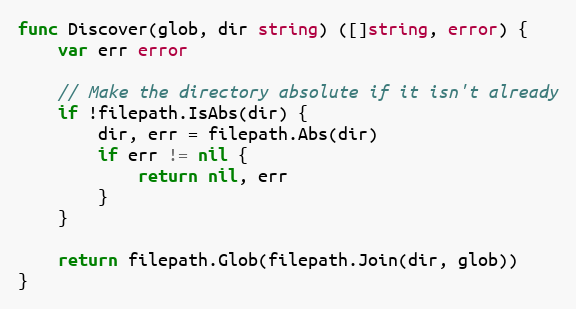
Language: Go
func Discover(glob, dir string) ([]string, error) {
	var err error

	// Make the directory absolute if it isn't already
	if !filepath.IsAbs(dir) {
		dir, err = filepath.Abs(dir)
		if err != nil {
			return nil, err
		}
	}

	return filepath.Glob(filepath.Join(dir, glob))
}